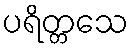
ပရိတ္တသေ